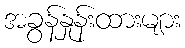
အခွန်နှုန်းထားများ